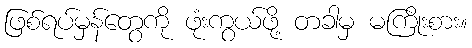
ဖြစ်ရပ်မှန်တွေကို ဖုံးကွယ်ဖို့ တခါမှ မကြိုးစား။